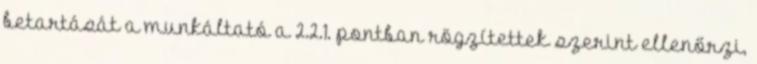
betartását a munkáltató a 2.2.1. pontban rögzítettek szerint ellenőrzi,